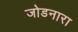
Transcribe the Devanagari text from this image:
जोडनारा